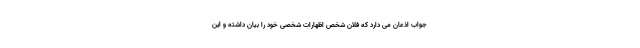
جواب اذعان می دارد که فلان شخص اظهارات شخصی خود را بیان داشته و این